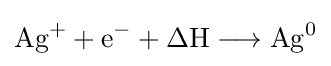
\mathrm {Ag^{+}+e^{-}+\Delta H\longrightarrow Ag^{0}}